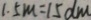
1 . 5 m = 1 5 d m